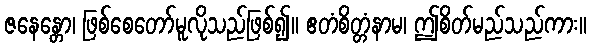
ဇနေန္တော၊ ဖြစ်စေတော်မူလိုသည်ဖြစ်၍။ ဧတံစိတ္တံနာမ၊ ဤစိတ်မည်သည်ကား။